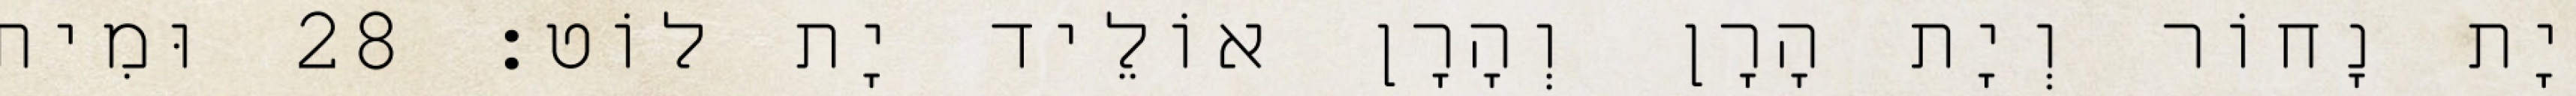
יָת נָחוֹר וְיָת הָרָן וְהָרָן אוֹלֵיד יָת לוֹט׃ 28 וּמִית